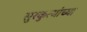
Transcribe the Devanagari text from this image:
सुरकुत्यांच्या